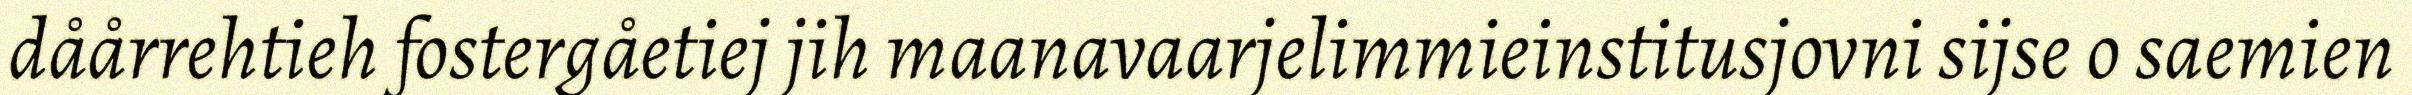
dåårrehtieh fostergåetiej jih maanavaarjelimmieinstitusjovni sijse o saemien